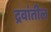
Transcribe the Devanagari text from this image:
द्रवांतील